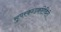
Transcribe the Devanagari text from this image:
सुपरकन्डकटिविटी